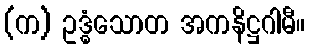
(က) ဥဒ္ဓံသောတ အကနိဋ္ဌဂါမီ။